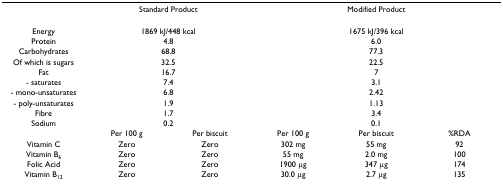
|  | <COLSPAN=2> Standard Product | <COLSPAN=3> Modified Product |
 | --- | --- | --- | --- | --- | --- |
 | Energy | <COLSPAN=2> 1869 kJ/448 kcal | <COLSPAN=3> 1675 kJ/396 kcal |
 | Protein | <COLSPAN=2> 4.8 | <COLSPAN=3> 6.0 |
 | Carbohydrates | <COLSPAN=2> 68.8 | <COLSPAN=3> 77.3 |
 | Of which is sugars | <COLSPAN=2> 32.5 | <COLSPAN=3> 22.5 |
 | Fat | <COLSPAN=2> 16.7 | <COLSPAN=3> 7 |
 | - saturates | <COLSPAN=2> 7.4 | <COLSPAN=3> 3.1 |
 | - mono-unsaturates | <COLSPAN=2> 6.8 | <COLSPAN=3> 2.42 |
 | - poly-unsaturates | <COLSPAN=2> 1.9 | <COLSPAN=3> 1.13 |
 | Fibre | <COLSPAN=2> 1.7 | <COLSPAN=3> 3.4 |
 | Sodium | <COLSPAN=2> 0.2 | <COLSPAN=3> 0.1 |
 |  | Per 100 g | Per biscuit | Per 100 g | Per biscuit | %RDA |
 | Vitamin C | Zero | Zero | 302 mg | 55 mg | 92 |
 | Vitamin B6 | Zero | Zero | 55 mg | 2.0 mg | 100 |
 | Folic Acid | Zero | Zero | 1900 μg | 347 μg | 174 |
 | Vitamin B12 | Zero | Zero | 30.0 μg | 2.7 μg | 135 |